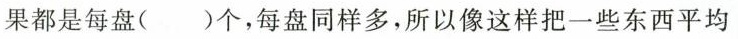
果都是每盘( )个，每盘同样多，所以像这样把一些东西平均